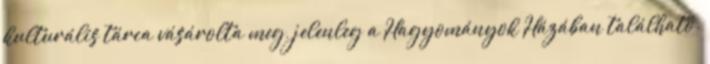
kulturális tárca vásárolta meg, jelenleg a Hagyományok Házában található.